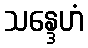
သန္ဒေဟံ